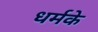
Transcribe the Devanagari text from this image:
धर्मके